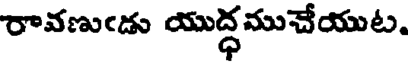
రావణుఁడు యుద్ధముచేయుట.